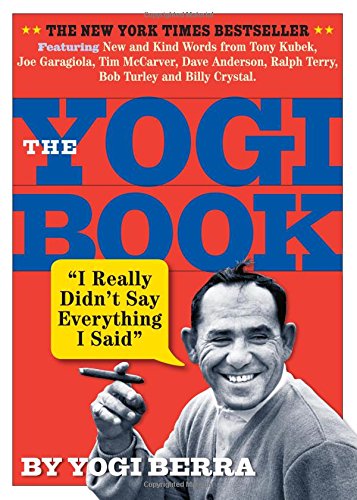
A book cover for The Yogi Book; Yogi Berra; Humor & Entertainment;